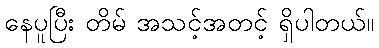
နေပူပြီး တိမ် အသင့်အတင့် ရှိပါတယ်။